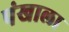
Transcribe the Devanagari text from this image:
पंखाला